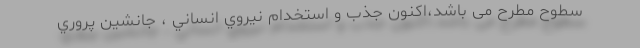
سطوح مطرح می باشد،اكنون جذب و استخدام نيروي انساني ، جانشين پروري